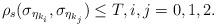
LaTeX: \begin{align*} \rho_s(\sigma_{\eta_{k_i}} ,\sigma_{\eta_{k_j}}) \le T, i,j = 0,1,2. \end{align*}